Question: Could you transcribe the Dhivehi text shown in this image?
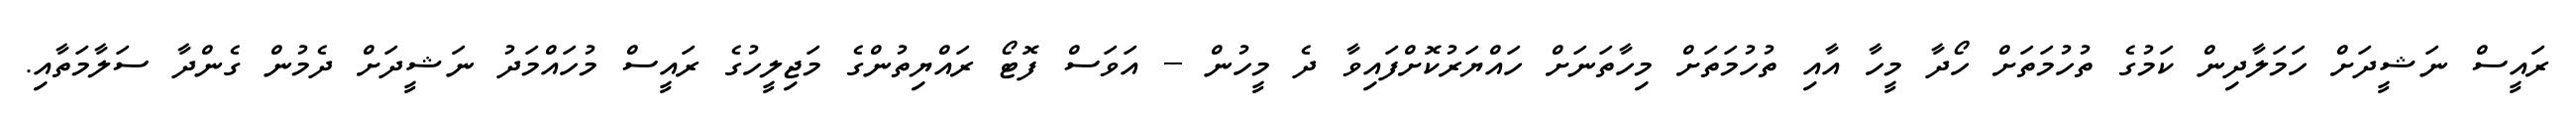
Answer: ރައީސް ނަޝީދަށް ހަމަލާދިން ކަމުގެ ތުހުމަތަށް ހޯދާ މީހާ އާއި ތުހުމަތަށް މިހާތަނަށް ހައްޔަރުކޮށްފައިވާ ދެ މީހުން -- އަވަސް ފޮޓޯ ރައްޔިތުންގެ މަޖިލީހުގެ ރައީސް މުހައްމަދު ނަޝީދަށް ދެމުން ގެންދާ ސަލާމަތާއި.